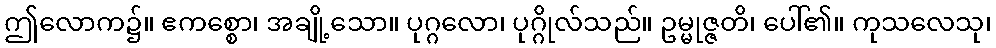
ဤလောက၌။ ဧကစ္စော၊ အချို့သော။ ပုဂ္ဂလော၊ ပုဂ္ဂိုလ်သည်။ ဥမ္မုဇ္ဇတိ၊ ပေါ်၏။ ကုသလေသု၊